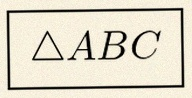
\triangle ABC